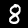
Label: 8